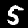
Digit: 5